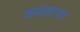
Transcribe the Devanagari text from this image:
कमवाना